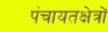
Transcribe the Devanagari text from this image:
पंचायतक्षेत्रों